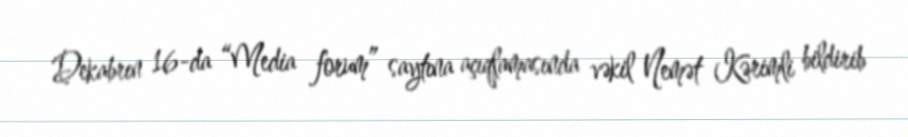
Dekabrın 16-da “Media forum” saytına açıqlamasında vəkil Nemət Kərimli bildirib